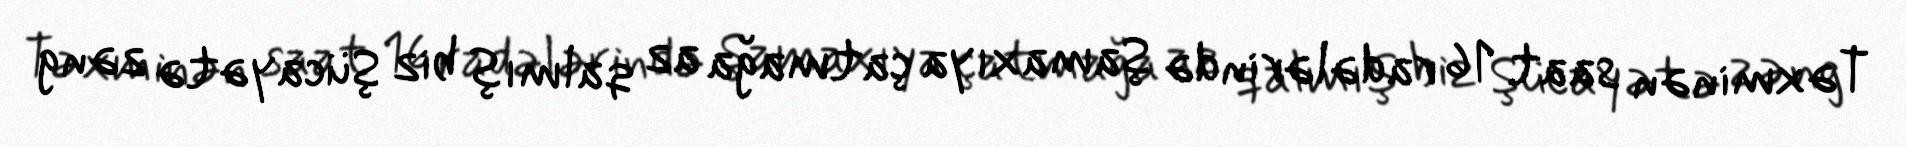
Təxminən saat 16 radələrində Şamaxıya çatmağa az qalmış biz Şücayətə zəng